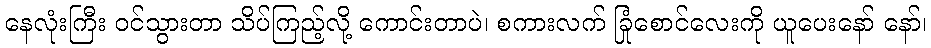
နေလုံးကြီး ဝင်သွားတာ သိပ်ကြည့်လို့ ကောင်းတာပဲ၊ စကားလက် ခြုံစောင်လေးကို ယူပေးနော် နော်၊